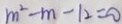
m ^ { 2 } - m - 1 2 = 0